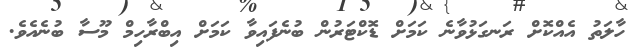
ހާލަތު އެއްކޮށް ރަނގަޅުވާނެ ކަމަށް ޑޮކްޓަރުން ބުނެފައިވާ ކަމަށް އިބްރާހިމް މޫސާ ބުނެއެވެ.